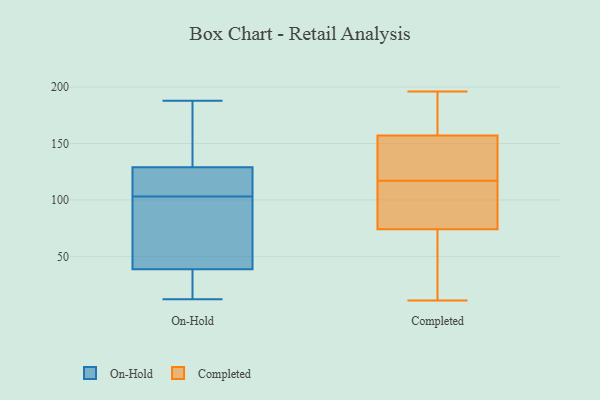
{"axis": {"x": "Humidity (%)", "y": "Value"}, "legend": ["Completed", "On-Hold"], "data": [{"x": "", "y": 104, "type": "On-Hold"}, {"x": "", "y": 34, "type": "On-Hold"}, {"x": "", "y": 64, "type": "On-Hold"}, {"x": "", "y": 41, "type": "On-Hold"}, {"x": "", "y": 91, "type": "On-Hold"}, {"x": "", "y": 126, "type": "On-Hold"}, {"x": "", "y": 162, "type": "On-Hold"}, {"x": "", "y": 187, "type": "On-Hold"}, {"x": "", "y": 132, "type": "On-Hold"}, {"x": "", "y": 117, "type": "On-Hold"}, {"x": "", "y": 102, "type": "On-Hold"}, {"x": "", "y": 86, "type": "On-Hold"}, {"x": "", "y": 188, "type": "On-Hold"}, {"x": "", "y": 137, "type": "On-Hold"}, {"x": "", "y": 119, "type": "On-Hold"}, {"x": "", "y": 26, "type": "On-Hold"}, {"x": "", "y": 12, "type": "On-Hold"}, {"x": "", "y": 123, "type": "On-Hold"}, {"x": "", "y": 36, "type": "On-Hold"}, {"x": "", "y": 31, "type": "On-Hold"}, {"x": "", "y": 144, "type": "Completed"}, {"x": "", "y": 116, "type": "Completed"}, {"x": "", "y": 40, "type": "Completed"}, {"x": "", "y": 134, "type": "Completed"}, {"x": "", "y": 150, "type": "Completed"}, {"x": "", "y": 11, "type": "Completed"}, {"x": "", "y": 79, "type": "Completed"}, {"x": "", "y": 164, "type": "Completed"}, {"x": "", "y": 84, "type": "Completed"}, {"x": "", "y": 69, "type": "Completed"}, {"x": "", "y": 61, "type": "Completed"}, {"x": "", "y": 187, "type": "Completed"}, {"x": "", "y": 165, "type": "Completed"}, {"x": "", "y": 88, "type": "Completed"}, {"x": "", "y": 118, "type": "Completed"}, {"x": "", "y": 196, "type": "Completed"}]}